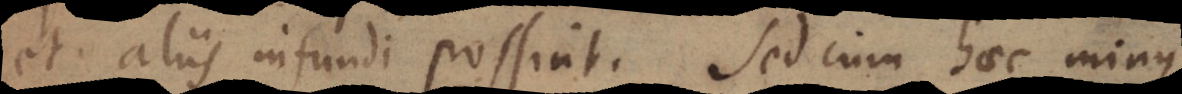
et aliis infundi possint. Sed cum haec minus